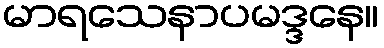
မာရသေနာပမဒ္ဒနေ။